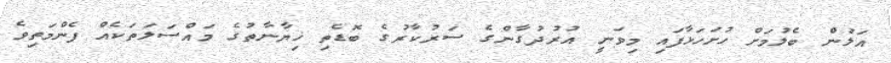
އަލުން ބެލުމަށް ހުށަހަޅާފައި މިވަނީ އުރުދުގާންގެ ސަރުކާރުގެ ބޮޑެތި ޚިޔާނާތުގެ މައްސަލަތަކެއް ފެންމަތިވެ